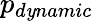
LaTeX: p_{d\mathit{y}namic}